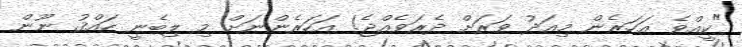
"ކީއްވެ އަހަރެން މިއަދު ވަރަށް ދެރަވެއްޖެ! އަހަރެންނަށް މި ލިބެނީ ހައްޤު ނޫން